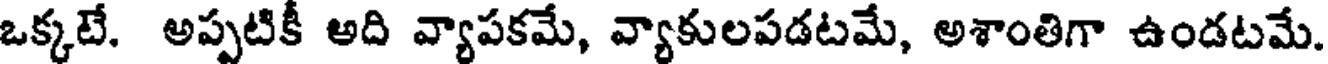
ఒక్కటే. అప్పటికీ అది వ్యాపకమే, వ్యాకులపడటమే, అశాంతిగా ఉండటమే.